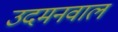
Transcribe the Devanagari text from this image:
उदमनवाल